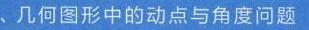
、几何图形中的动点与角度问题